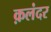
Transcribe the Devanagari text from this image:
क़लंदर